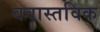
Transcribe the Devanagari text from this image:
ववास्तविक